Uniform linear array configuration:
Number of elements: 4
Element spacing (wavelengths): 1
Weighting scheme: binomial
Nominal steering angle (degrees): -45
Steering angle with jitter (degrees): -46.744
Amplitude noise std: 0.05
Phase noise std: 0.05

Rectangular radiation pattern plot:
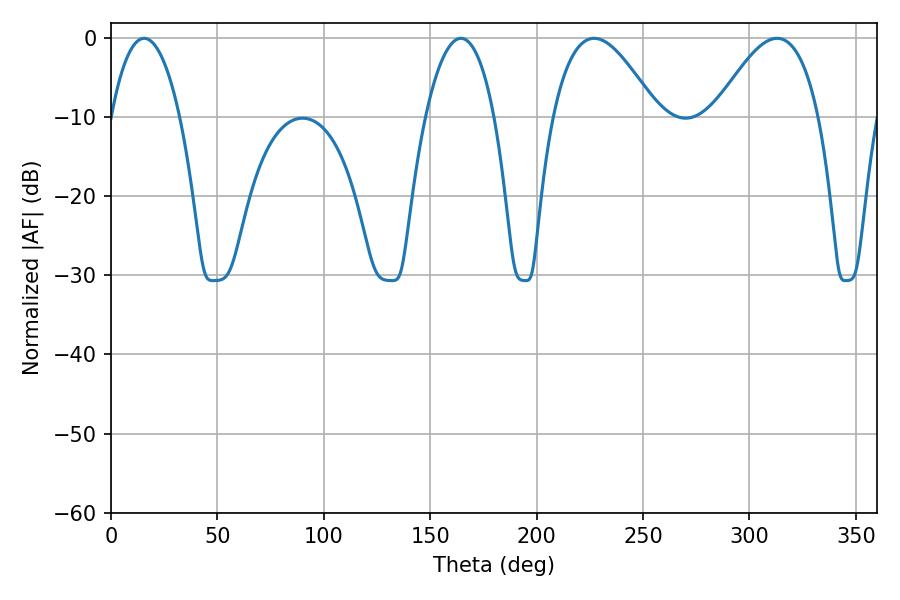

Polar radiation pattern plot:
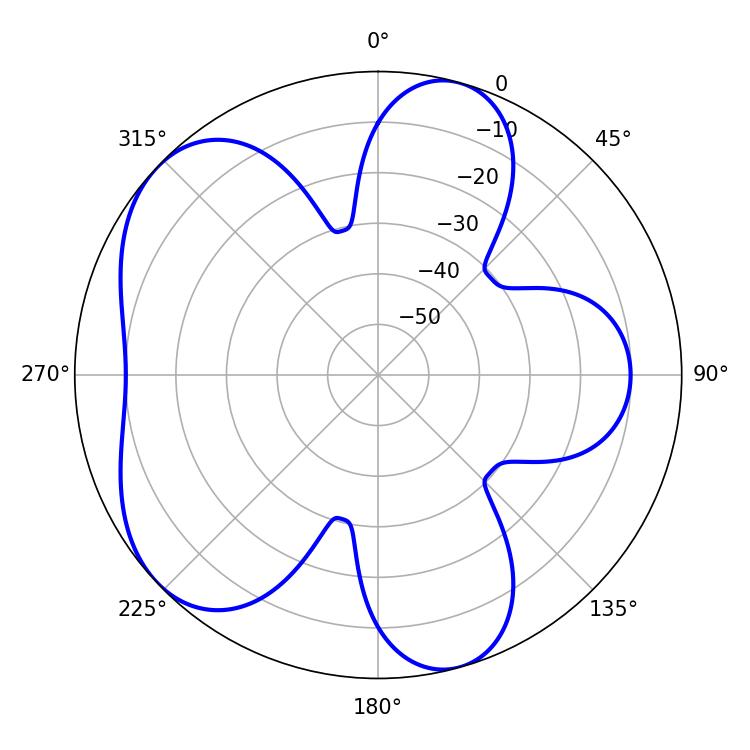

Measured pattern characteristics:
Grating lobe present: TRUE
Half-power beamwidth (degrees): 26.64
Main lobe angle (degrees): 226.98